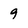
Character: 9